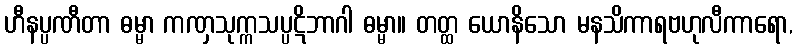
ဟီနပ္ပဏီတာ ဓမ္မာ ကဏှသုက္ကသပ္ပဋိဘာဂါ ဓမ္မာ။ တတ္ထ ယောနိသော မနသိကာရဗဟုလီကာရော,